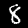
Digit: 8